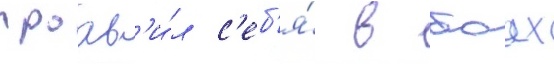
проав'и́л с'еб'я́ в боах